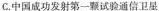
C.中国成功发射第一颗试验通信卫星